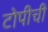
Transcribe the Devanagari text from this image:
टोपीची